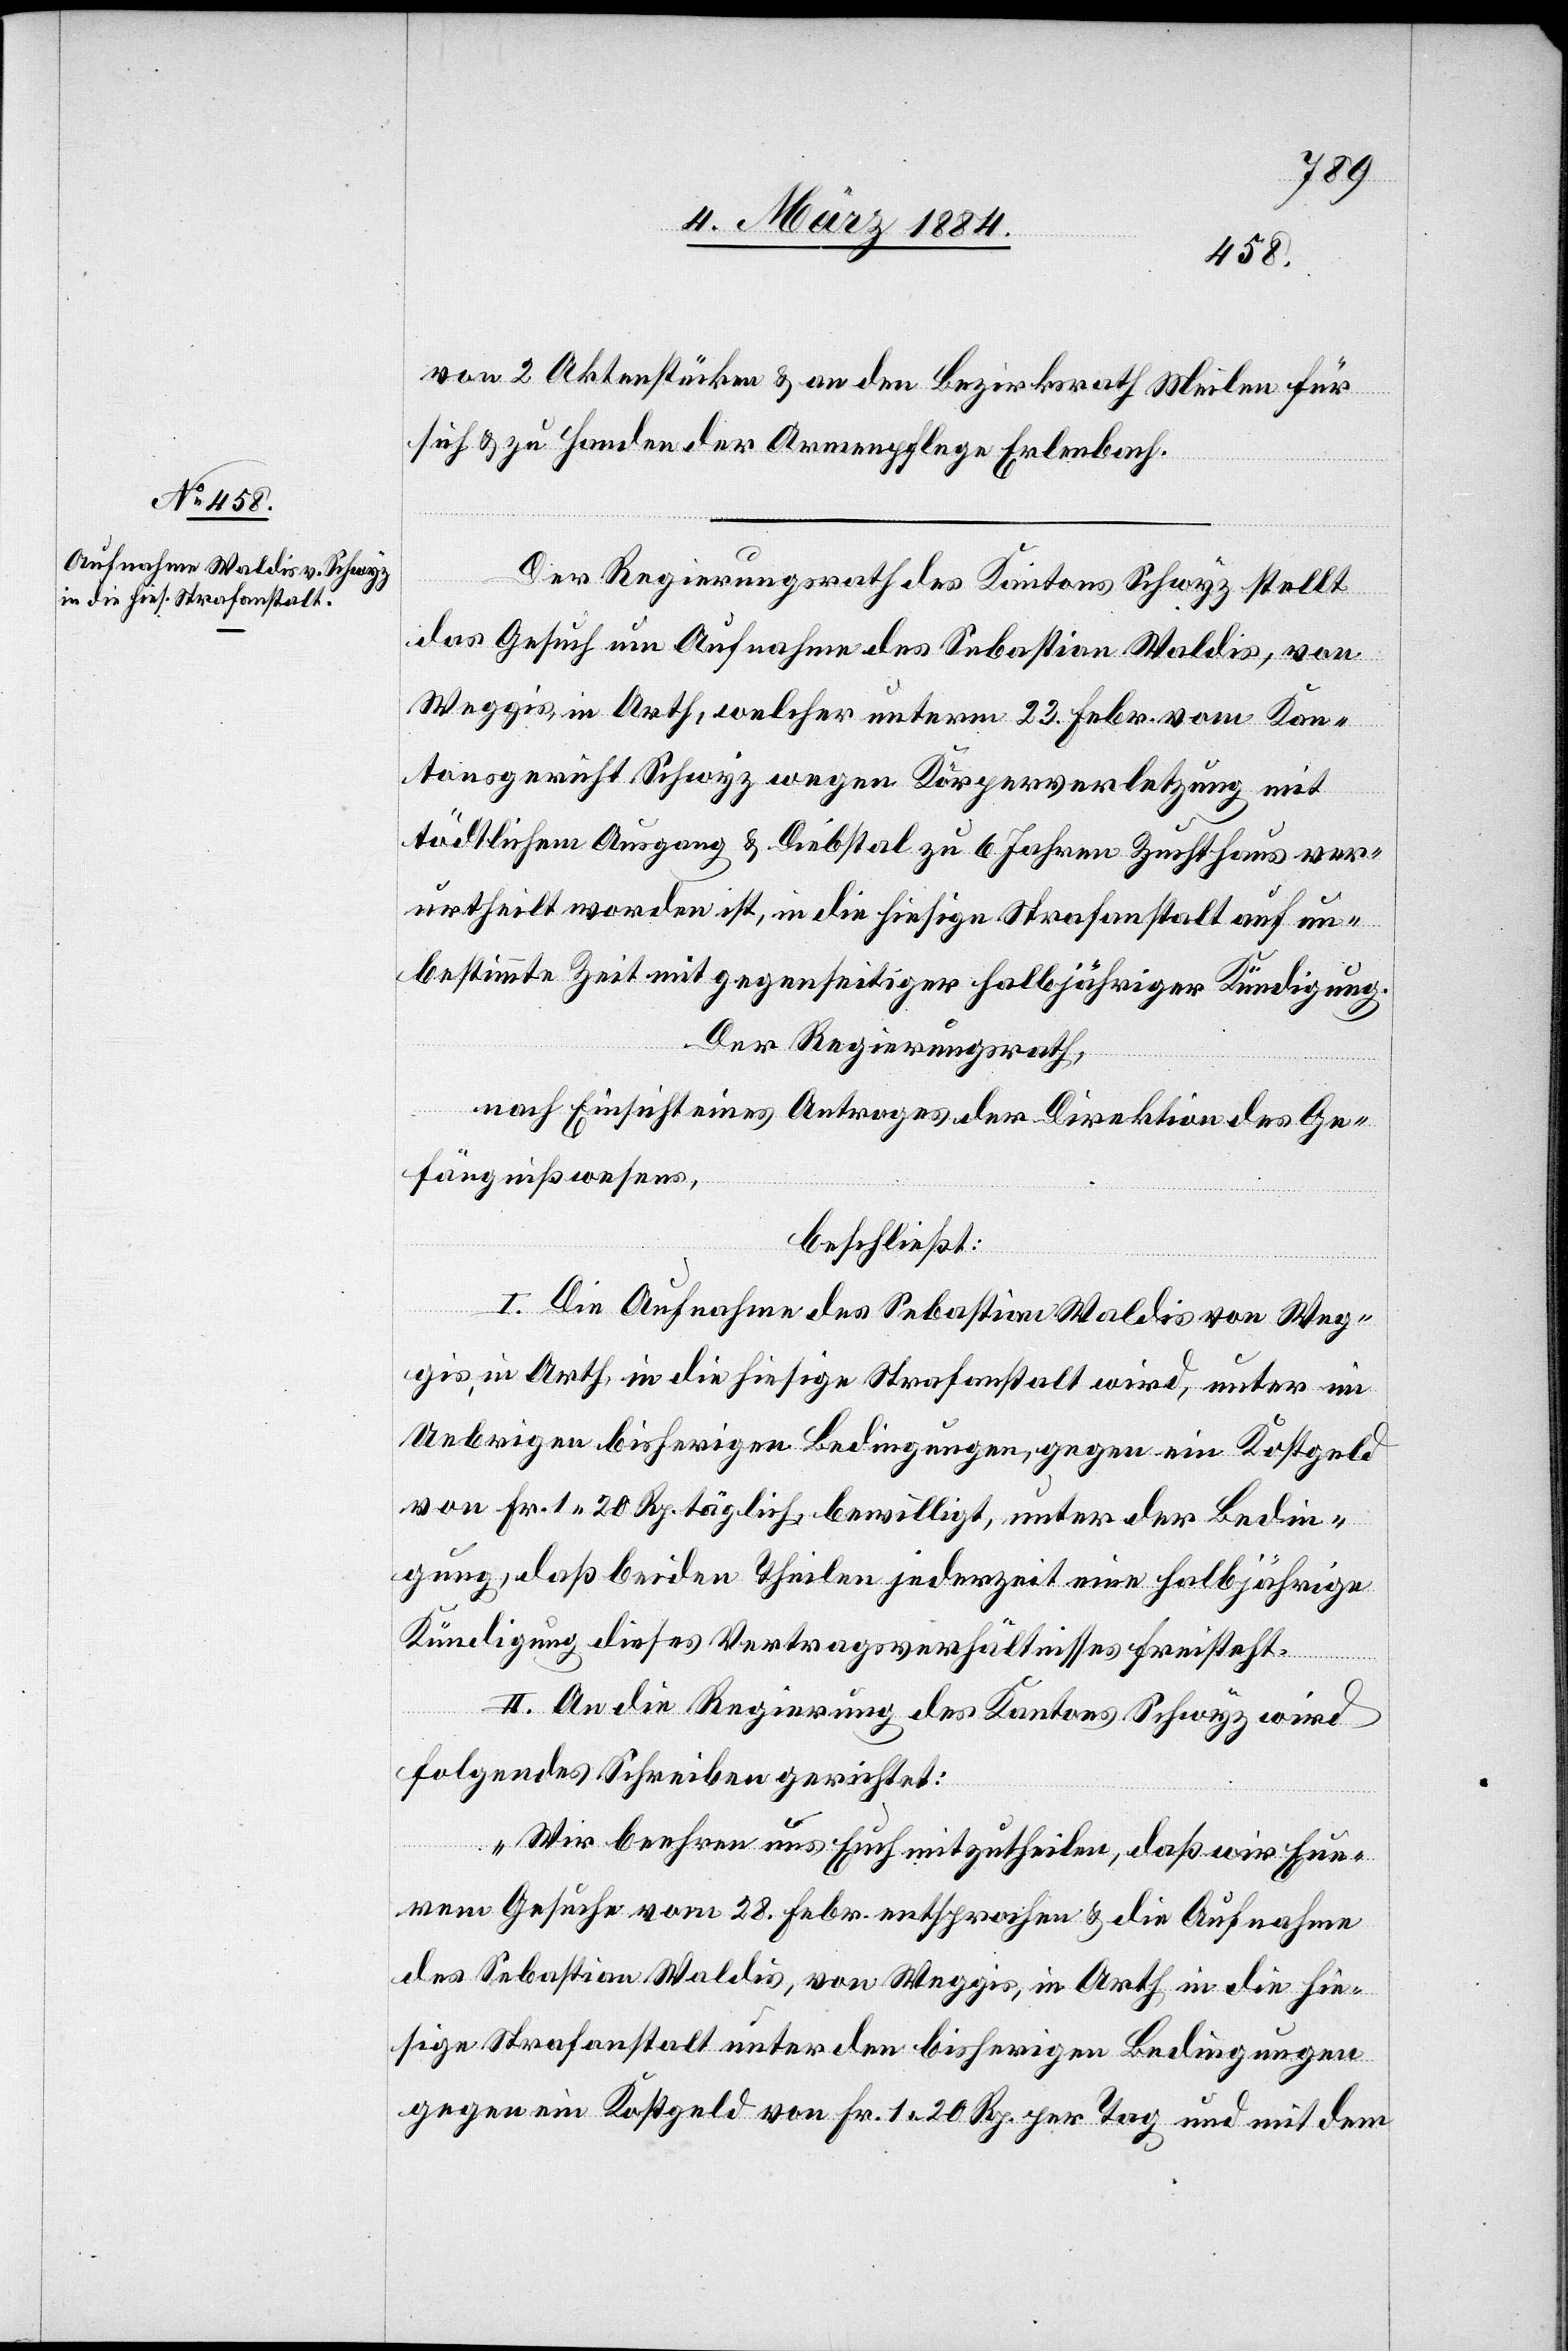
von 2 Aktenstücken & an den Bezirksrath Meilen für
sich & zu Handen der Armenpflege Erlenbach.
Der Regierungsrath des Kantons Schwyz stellt
das Gesuch um Aufnahme des Sebastian Waldis, von
Weggis, in Arth, welcher unterm 23. Febr. vom Kan¬
tonsgericht Schwyz wegen Körperverletzung mit
tödtlichem Ausgang & Diebstal zu 6 Jahren Zuchthaus ver¬
urtheilt worden ist, in die hiesige Strafanstalt auf un¬
bestimmte Zeit mit gegenseitiger halbjähriger Kündigung.
Der Regierungsrath,
nach Einsicht eines Antrages der Direktion des Ge¬
fängnißwesens,
beschließt:
I. Die Aufnahme des Sebastian Waldis von Weg¬
gis, in Arth, in die hiesige Strafanstalt wird, unter im
Uebrigen bisherigen Bedingungen, gegen ein Kostgeld
von Fr. 1 20 Rp. täglich, bewilligt, unter der Bedin¬
gung, daß bei den Theilen jederzeit eine halbjährige
Kündigung dieses Vertragsverhältnisses freisteht.
II. An die Regierung des Kantons Schwyz wird
folgendes Schreiben gerichtet:
„Wir beehren uns Euch mitzutheilen, daß wir Eur¬
em Gesuche vom 28. Febr. entsprochen & die Aufnahme
des Sebastian Waldis, von Weggis, in Arth, in die hie¬
sige Strafanstalt unter den bisherigen Bedingungen
gegen ein Kostgeld von Fr. 1 20 Rp. per Tag und mit dem